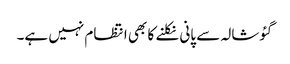
گئوشالہ سے پانی نکلنے کا بھی انتظام نہیں ہے۔